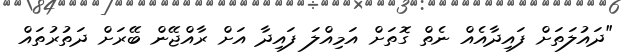
"ދައުލަތަށް ފައިދާއެއް ނެތް ގޮތަށް އަމިއްލަ ފައިދާ އަށް ރާއްޖޭން ބޭރަށް ދަތުރުތައް